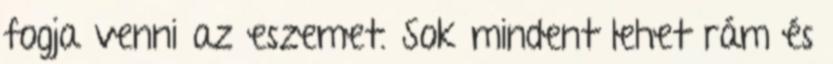
fogja venni az eszemet. Sok mindent lehet rám és